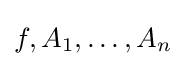
f,A_{1},\dots ,A_{n}